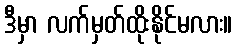
ဒီမှာ လက်မှတ်ထိုးနိုင်မလား။